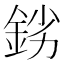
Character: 𨦒